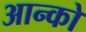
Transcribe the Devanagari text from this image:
आन्को